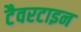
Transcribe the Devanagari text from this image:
टैवरटाइन